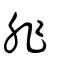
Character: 非